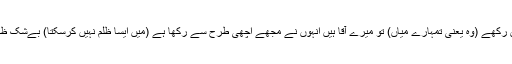
انہوں نے کہا کہ خدا پناہ میں رکھے (وہ یعنی تمہارے میاں) تو میرے آقا ہیں انہوں نے مجھے اچھی طرح سے رکھا ہے (میں ایسا ظلم نہیں کرسکتا) بےشک ظالم لوگ فلاح نہیں پائیں گے۔